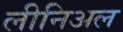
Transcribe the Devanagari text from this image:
लीनिअल